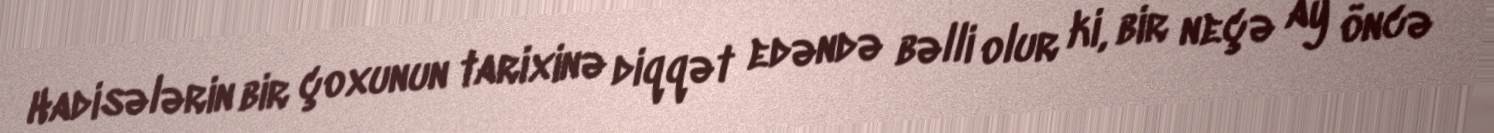
Hadisələrin bir çoxunun tarixinə diqqət edəndə bəlli olur ki, bir neçə ay öncə